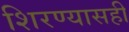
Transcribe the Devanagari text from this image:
शिरण्यासही